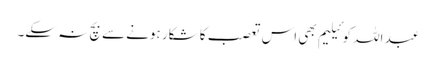
عبد اللہ کوئیلیم بھی اس تعصب کا شکار ہونے سے بچ نہ سکے۔